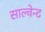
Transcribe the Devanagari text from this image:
साल्वेन्ट